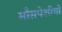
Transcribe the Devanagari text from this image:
माँसपेशीयों